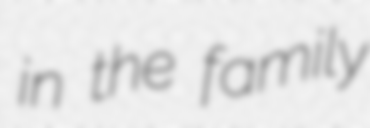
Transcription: in the family